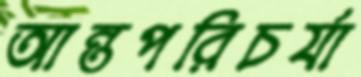
আন্তপরিচর্যা